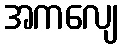
အကလျေ